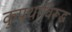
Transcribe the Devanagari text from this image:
कुप्रथांविरूद्ध